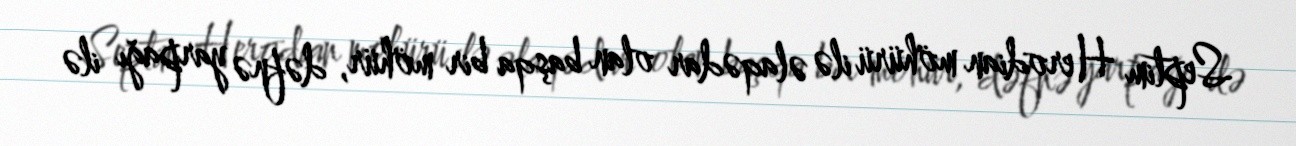
Septim Herodian möhürü ilə əlaqədar olan başqa bir möhür, dəfnə yarpağı ilə